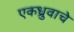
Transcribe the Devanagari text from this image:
एकध्रुवाचे